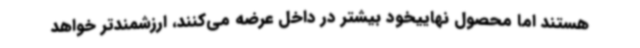
هستند اما محصول نهاییخود بیشتر در داخل عرضه می‌کنند، ارزشمندتر خواهد